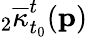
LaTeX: {}_{2}\overline{{\kappa}}_{t_{0}}^{t}(\mathbf{p})